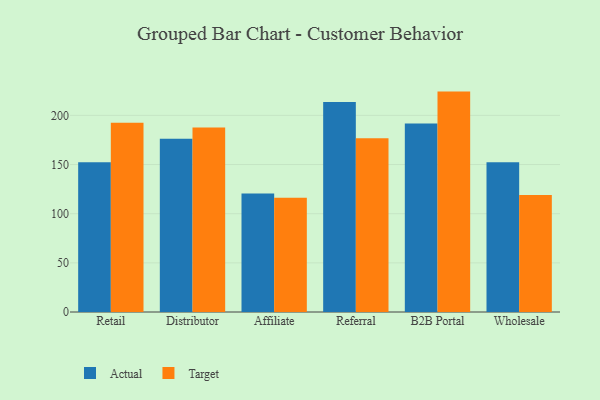
{"axis": {"x": "Channel", "y": "Headcount"}, "legend": ["Actual", "Target"], "data": [{"x": "Retail", "y": 152.4, "type": "Actual"}, {"x": "Retail", "y": 192.4, "type": "Target"}, {"x": "Distributor", "y": 176.2, "type": "Actual"}, {"x": "Distributor", "y": 187.6, "type": "Target"}, {"x": "Affiliate", "y": 120.5, "type": "Actual"}, {"x": "Affiliate", "y": 116.3, "type": "Target"}, {"x": "Referral", "y": 213.5, "type": "Actual"}, {"x": "Referral", "y": 176.7, "type": "Target"}, {"x": "B2B Portal", "y": 191.8, "type": "Actual"}, {"x": "B2B Portal", "y": 224.2, "type": "Target"}, {"x": "Wholesale", "y": 152.3, "type": "Actual"}, {"x": "Wholesale", "y": 118.9, "type": "Target"}]}